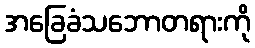
အခြေခံသဘောတရားကို